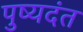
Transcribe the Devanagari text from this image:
पुष्यदंत